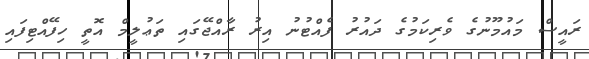
ރައީސް މައުމޫނުގެ ވެރިކަމުގެ ދައުރު ފެއްޓުނު އިރު ރާއްޖޭގައި ތަޢުލީމް އޮތީ ހިފޭއްޓިފައި